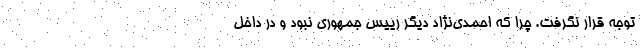
توجه قرار نگرفت. چرا که احمدی‌نژاد دیگر رییس جمهوری نبود و در داخل